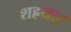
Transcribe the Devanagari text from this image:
शह्रयार